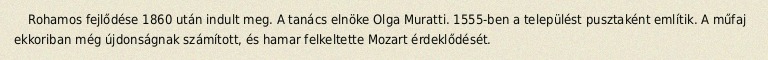
Rohamos fejlődése 1860 után indult meg. A tanács elnöke Olga Muratti. 1555-ben a települést pusztaként említik. A műfaj ekkoriban még újdonságnak számított, és hamar felkeltette Mozart érdeklődését.